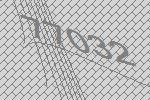
77032